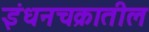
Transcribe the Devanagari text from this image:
इंधनचक्रातील